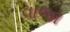
વાજા